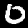
Digit: 0